V__Kingissepa_nim__kolhoos, lk 4
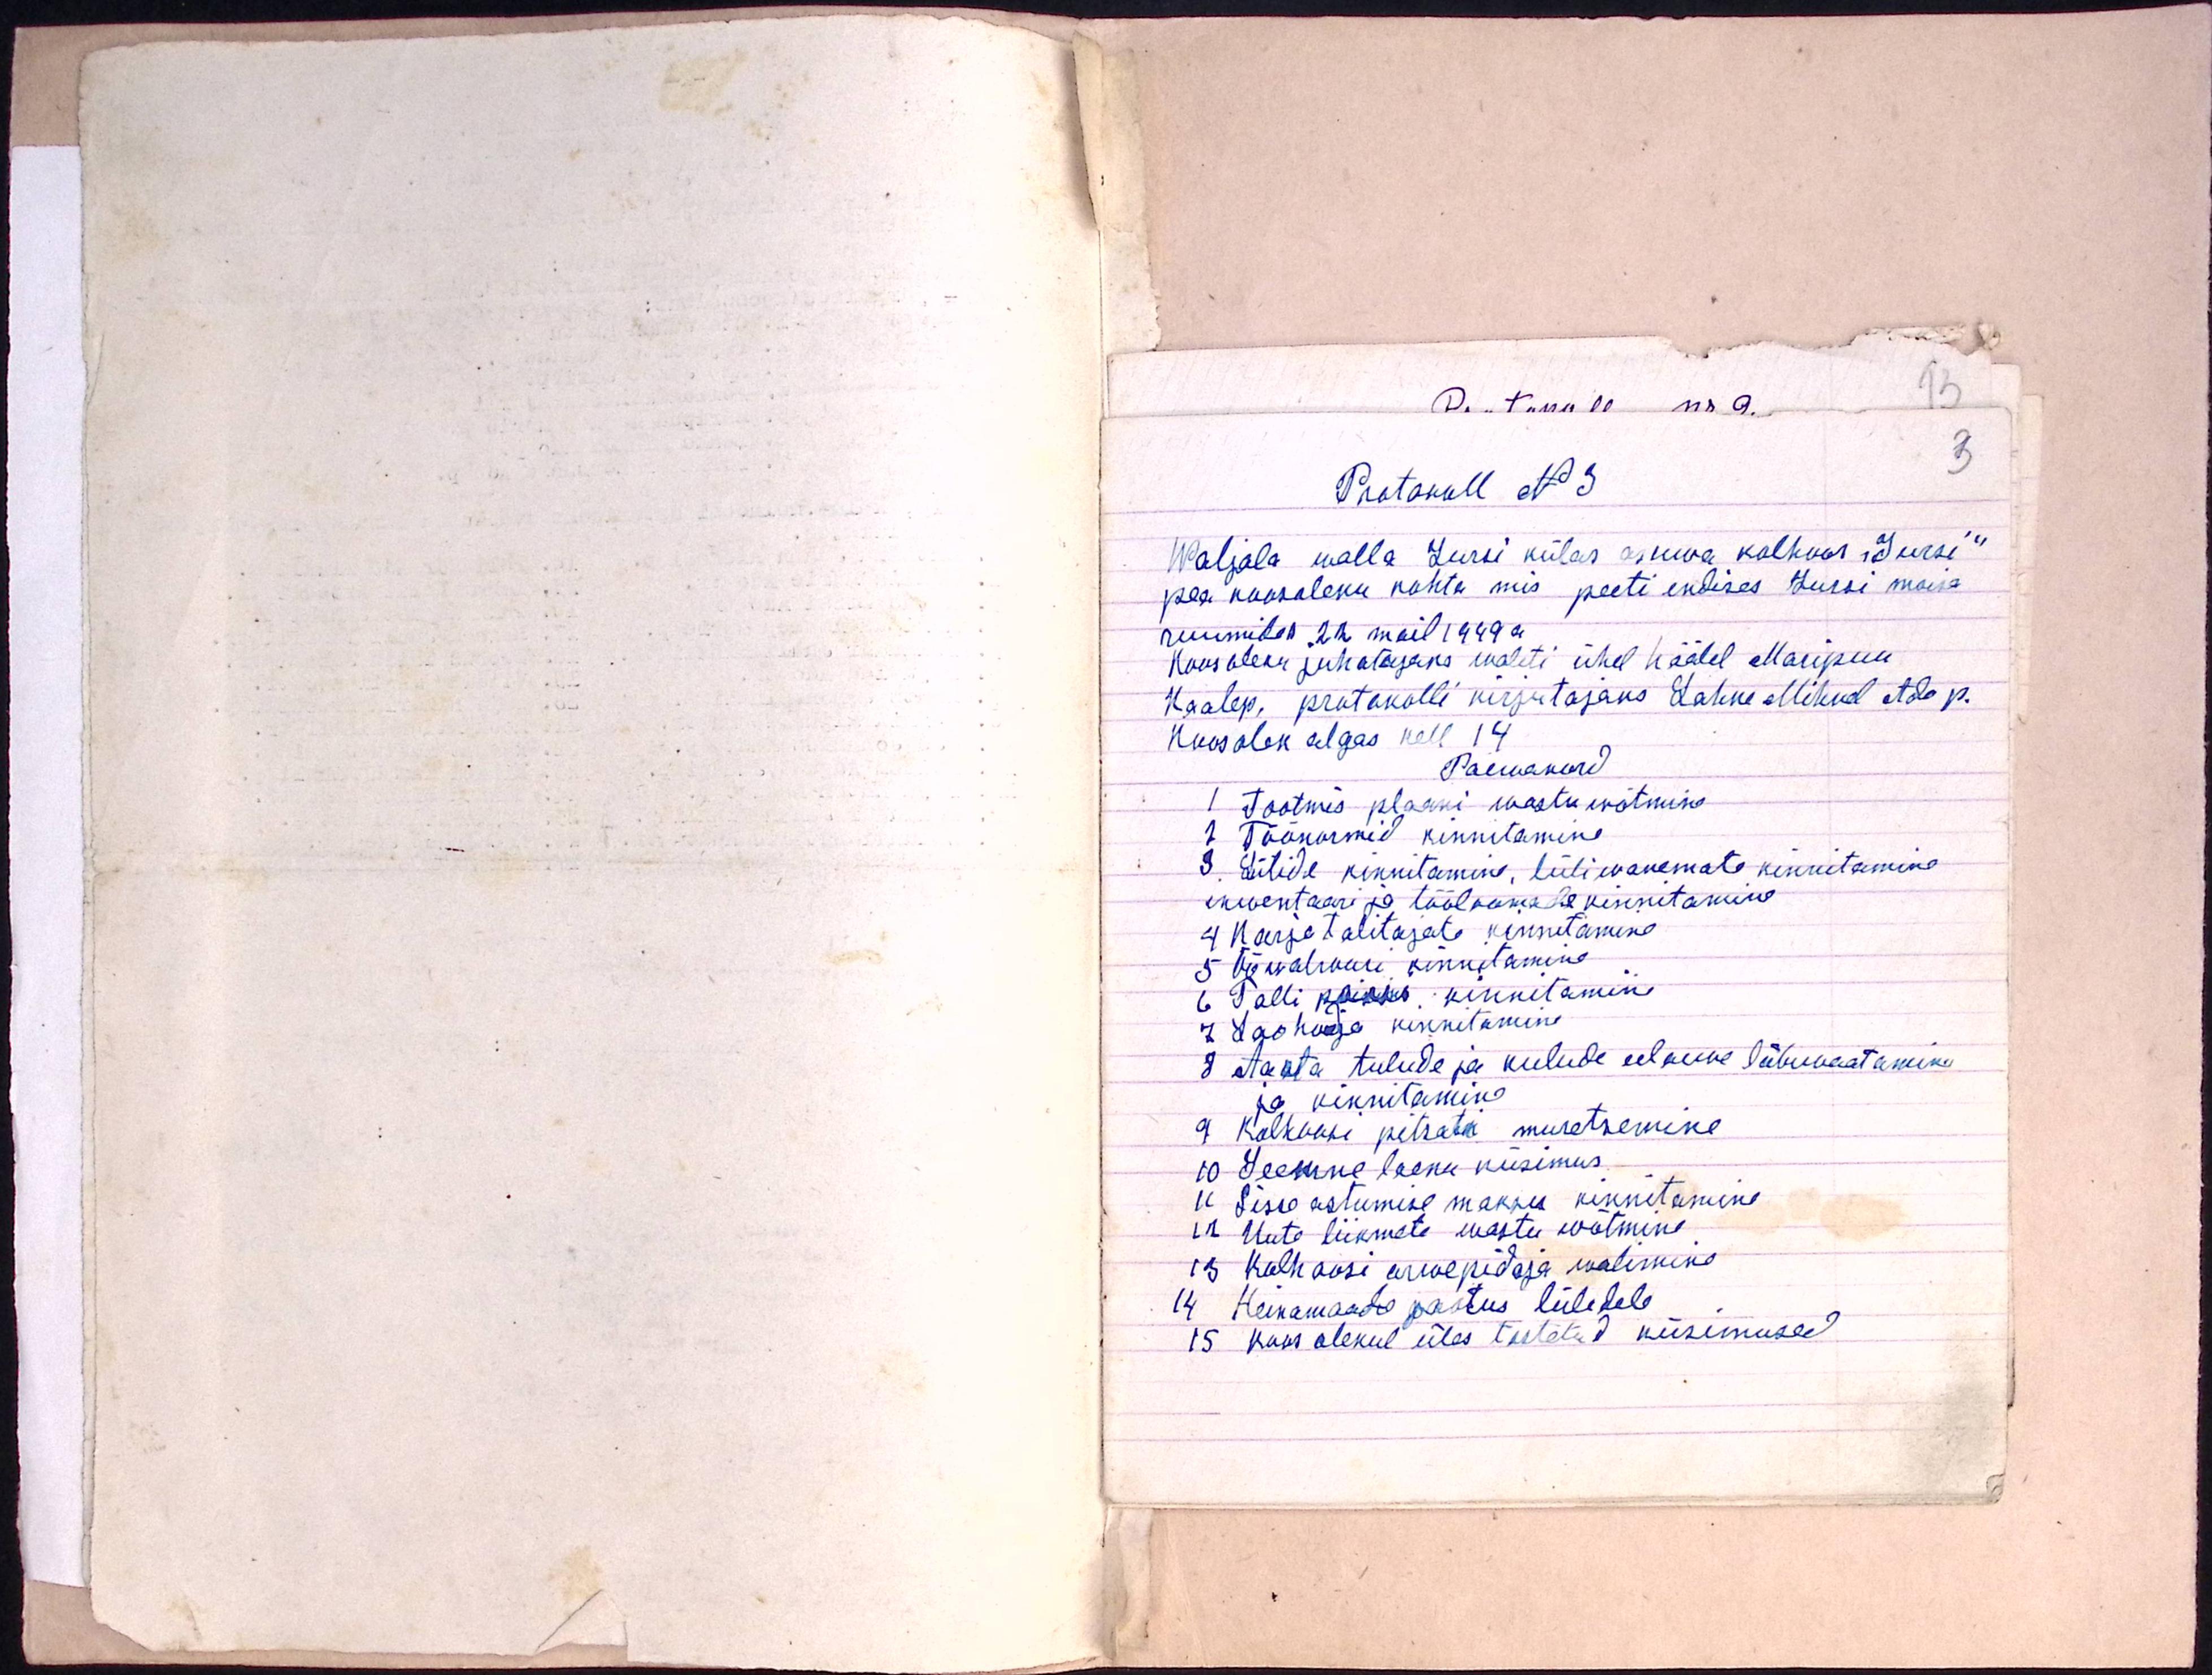
3

Protokoll No 3
Waljala walla Jursi külas asuwa kolhoos "Jursi"
pea koosoleku kohta mis peeti endises Jursi moisa
ruumides 22 mail 1949 a.
Koosoleku juhatajaks waliti ühel häälel Maripuu
Kaalep, protokolli kirjutajaks Lahke Mihkel Ado p.
koosolek algas kell 14
Päewakord
1 Tootmis plaani wastu wõtmine
1 Töönormid kinnitamine
3. Lülide kinnitamine, lüliwanemate kinnitamine
inwentaari ja tööloomade kinnitamine
4 Karjatalitajate kinnitamine
5 Ööwalwuri kinnitamine
6 Talli poisis kinnitamine
7 Laohoidja kinnitamine
8 Aasta tulude ja kulude eelarve läbivaatamine
ja kinnitamine
9 Kolhoosi pitsati muretsemine
10 Seemne laenu küsimus
11 Sisse astumise maksu kinnitamine
12 Uute liikmete wastu wõtmine
13 Kolhoosi arwepidaja walimine
14 Heinamaade jaotus lülidele
15 Kooslekul üles tostetud küsimused